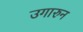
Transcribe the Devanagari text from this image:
उगारुन